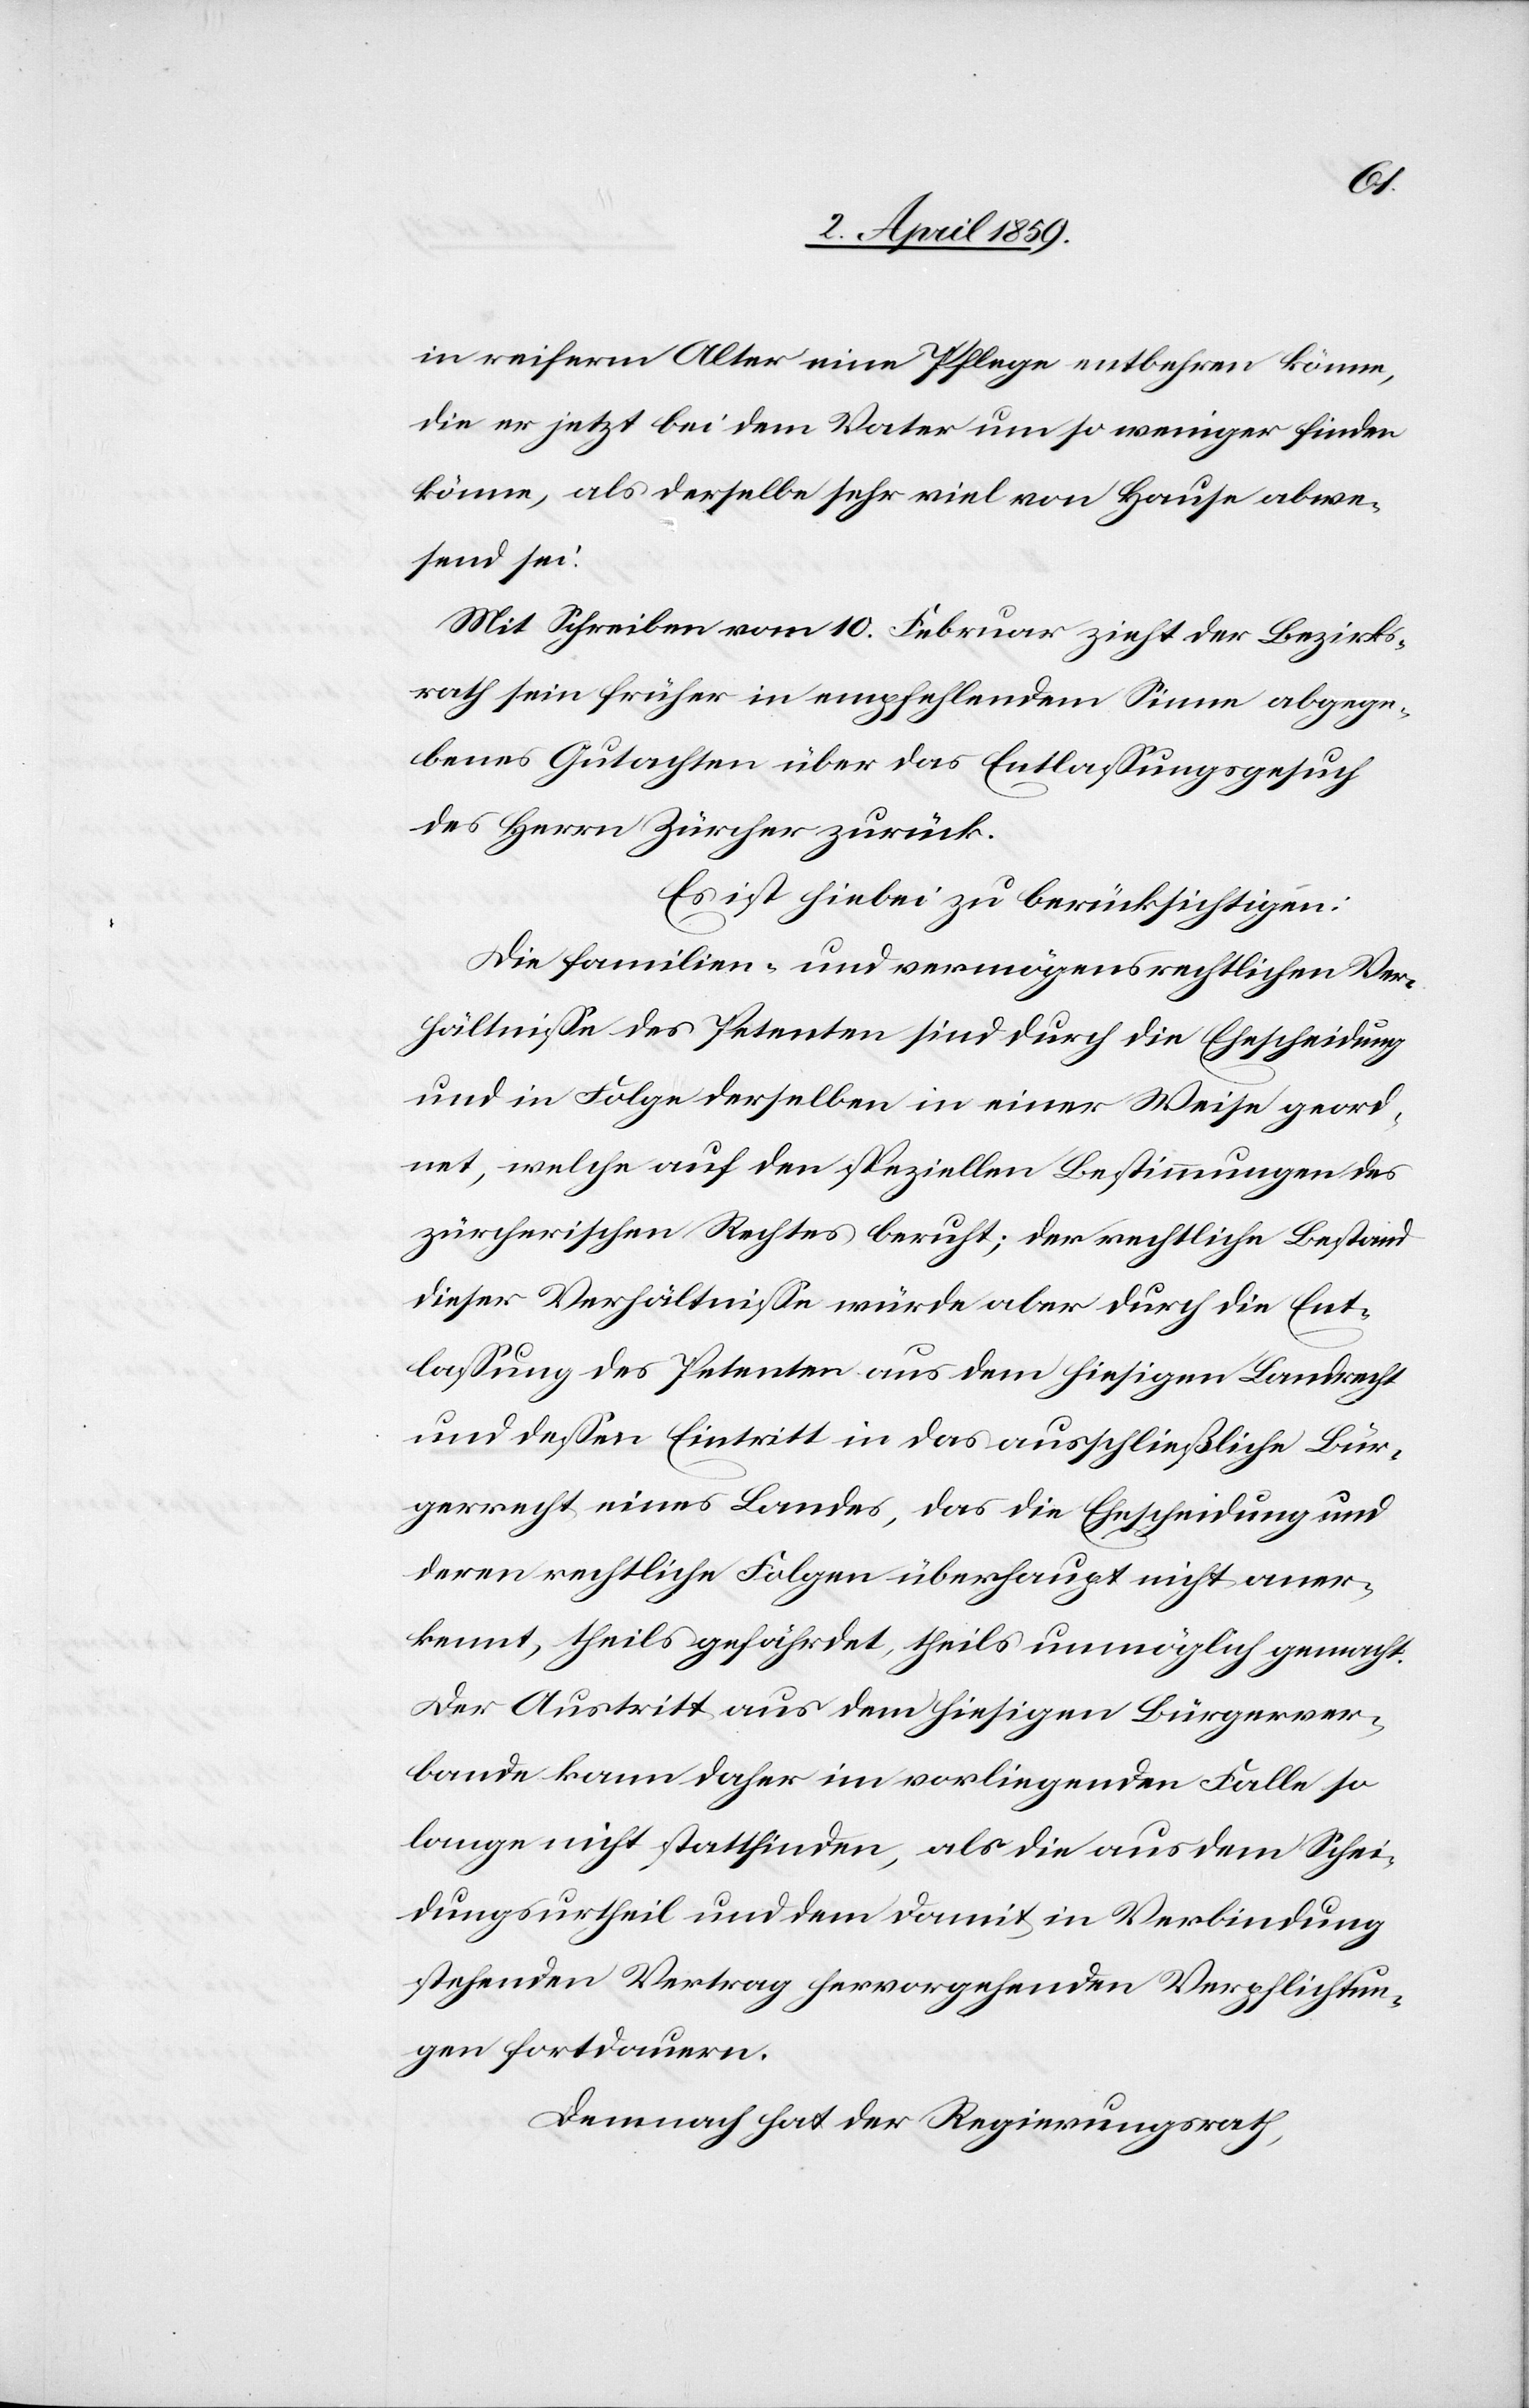
in reiferm Alter eine Pflege entbehren könne,
die er jetzt bei dem Vater um so weniger finden
könne, als derselbe sehr viel von Hause abwe¬
send sei.
Mit Schreiben vom 10. Februar zieht der Bezirks¬
rath sein früher in empfehlendem Sinne abgege¬
benes Gutachten über das Entlaßungsgesuch
des Herrn Zürcher zurück.
Es ist hiebei zu berücksichtigen:
Die familien- und vermögensrechtlichen Ver¬
hältniße des Petenten sind durch die Ehescheidung
und in Folge derselben in einer Weise geord¬
net, welche auf den speziellen Bestimmungen des
zürcherischen Rechtes beruht; der rechtliche Bestand
dieser Verhältniße würde aber durch die Ent¬
laßung des Petenten aus dem hiesigen Landrecht
und deßen Eintritt in das ausschließliche Bür¬
gerrecht eines Landes, das die Ehescheidung und
deren rechtliche Folgen überhaupt nicht aner¬
kennt, theils gefährdet, theils unmöglich gemacht.
Der Austritt aus dem hiesigen Bürgerver¬
bande kann daher im vorliegenden Falle so
lange nicht stattfinden, als die aus dem Schei¬
dungsurtheil und dem damit in Verbindung
stehenden Vertrag hervorgehenden Verpflichtun¬
gen fortdauern.
Demnach hat der Regierungsrath,